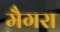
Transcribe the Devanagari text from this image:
मैगरा